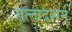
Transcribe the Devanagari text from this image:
तत्त्वदशर्न